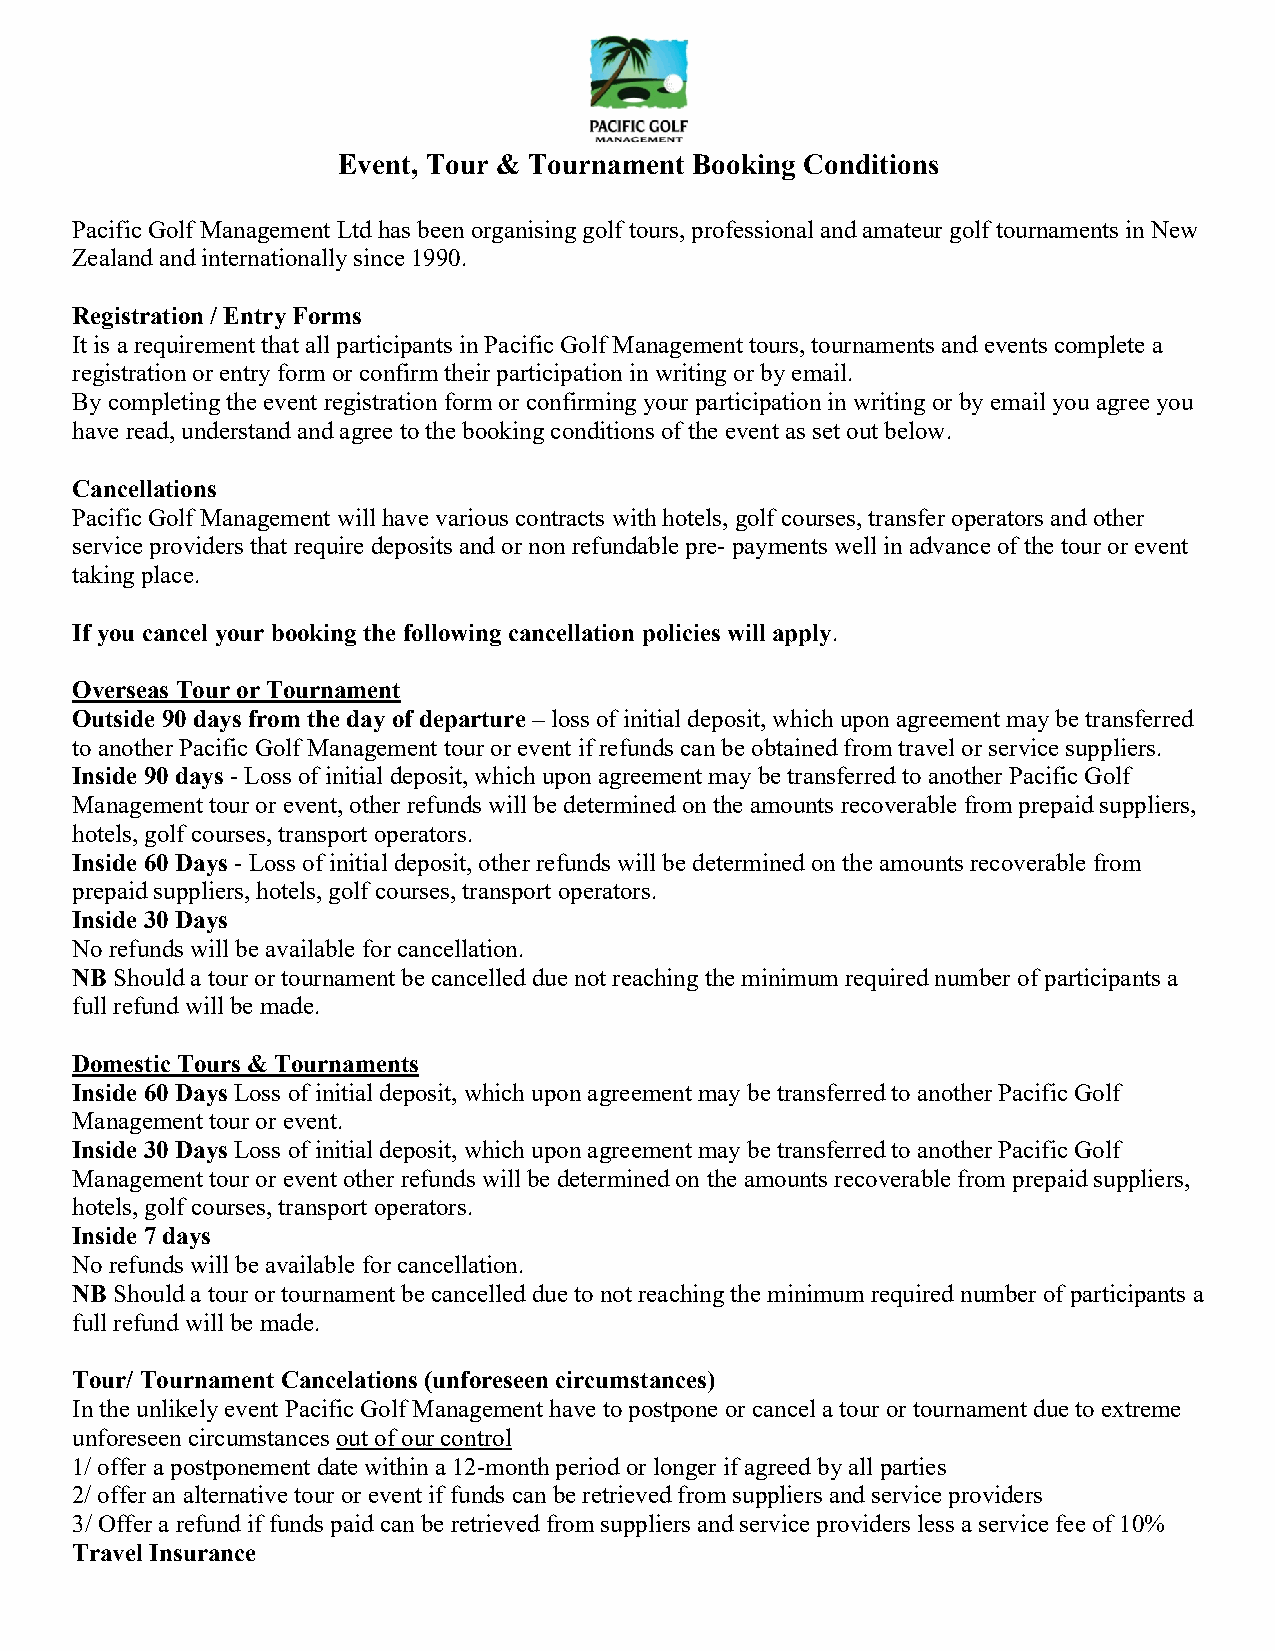
Event, Tour & Tournament Booking Conditions
 Pacific Golf Management Ltd has been organising golf tours, professional and amateur golf tournaments in New
 Zealand and internationally since 1990.
 Registration / Entry Forms
 It is a requirement that all participants in Pacific Golf Management tours, tournaments and events complete a
 registration or entry form or confirm their participation in writing or by email.
 By completing the event registration form or confirming your participation in writing or by email you agree you
 have read, understand and agree to the booking conditions of the event as set out below.
 Cancellations
 Pacific Golf Management will have various contracts with hotels, golf courses, transfer operators and other
 service providers that require deposits and or non refundable pre- payments well in advance of the tour or event
 taking place.
 If you cancel your booking the following cancellation policies will apply.
 Overseas Tour or Tournament
 Outside 90 days from the day of departure – loss of initial deposit, which upon agreement may be transferred
 to another Pacific Golf Management tour or event if refunds can be obtained from travel or service suppliers.
 Inside 90 days - Loss of initial deposit, which upon agreement may be transferred to another Pacific Golf
 Management tour or event, other refunds will be determined on the amounts recoverable from prepaid suppliers,
 hotels, golf courses, transport operators.
 Inside 60 Days - Loss of initial deposit, other refunds will be determined on the amounts recoverable from
 prepaid suppliers, hotels, golf courses, transport operators.
 Inside 30 Days
 No refunds will be available for cancellation.
 NB Should a tour or tournament be cancelled due not reaching the minimum required number of participants a
 full refund will be made.
 Domestic Tours & Tournaments
 Inside 60 Days Loss of initial deposit, which upon agreement may be transferred to another Pacific Golf
 Management tour or event.
 Inside 30 Days Loss of initial deposit, which upon agreement may be transferred to another Pacific Golf
 Management tour or event other refunds will be determined on the amounts recoverable from prepaid suppliers,
 hotels, golf courses, transport operators.
 Inside 7 days
 No refunds will be available for cancellation.
 NB Should a tour or tournament be cancelled due to not reaching the minimum required number of participants a
 full refund will be made.
 Tour/ Tournament Cancelations (unforeseen circumstances)
 In the unlikely event Pacific Golf Management have to postpone or cancel a tour or tournament due to extreme
 unforeseen circumstances out of our control
 1/ offer a postponement date within a 12-month period or longer if agreed by all parties
 2/ offer an alternative tour or event if funds can be retrieved from suppliers and service providers
 3/ Offer a refund if funds paid can be retrieved from suppliers and service providers less a service fee of 10%
 Travel Insurance